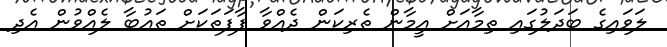
ލަވައިގެ ބަދަލުގައި ތިމާއަށް އީމާން ތެރިކަން ދެއްވާ ފާފަތަކަށް ތައުބާ ލެއްވުން އެދި